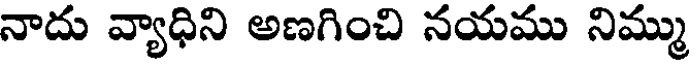
నాదు వ్యాధిని అణగించి నయము నిమ్ము